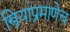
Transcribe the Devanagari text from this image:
स्त्रियांप्रमाणेच